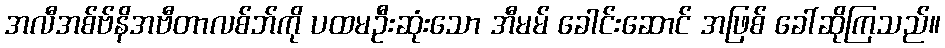
အလီအစ်ဗ်နိအဗီတာလစ်ဘ်ကို ပထမဦးဆုံးသော အီမမ် ခေါင်းဆောင် အဖြစ် ခေါ်ဆိုကြသည်။